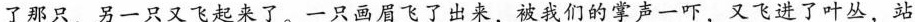
了那只，另一只又飞起来了。一只画眉飞了出来，被我们的掌声一吓，又飞进了叶丛，站